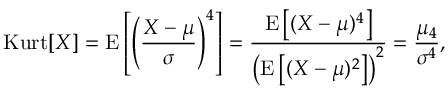
\operatorname { K u r t } [ X ] = \operatorname { E } \left[ \left( { \frac { X - \mu } { \sigma } } \right) ^ { 4 } \right] = { \frac { \operatorname { E } \left[ ( X - \mu ) ^ { 4 } \right] } { \left( \operatorname { E } \left[ ( X - \mu ) ^ { 2 } \right] \right) ^ { 2 } } } = { \frac { \mu _ { 4 } } { \sigma ^ { 4 } } } ,